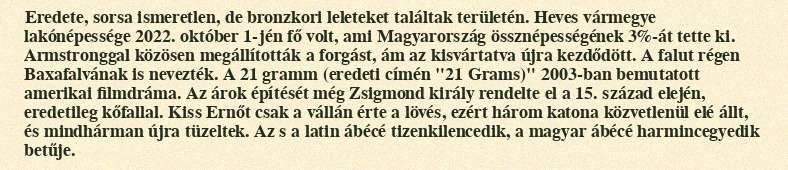
Eredete, sorsa ismeretlen, de bronzkori leleteket találtak területén. Heves vármegye lakónépessége 2022. október 1-jén fő volt, ami Magyarország össznépességének 3%-át tette ki. Armstronggal közösen megállították a forgást, ám az kisvártatva újra kezdődött. A falut régen Baxafalvának is nevezték. A 21 gramm (eredeti címén "21 Grams)" 2003-ban bemutatott amerikai filmdráma. Az árok építését még Zsigmond király rendelte el a 15. század elején, eredetileg kőfallal. Kiss Ernőt csak a vállán érte a lövés, ezért három katona közvetlenül elé állt, és mindhárman újra tüzeltek. Az s a latin ábécé tizenkilencedik, a magyar ábécé harmincegyedik betűje.